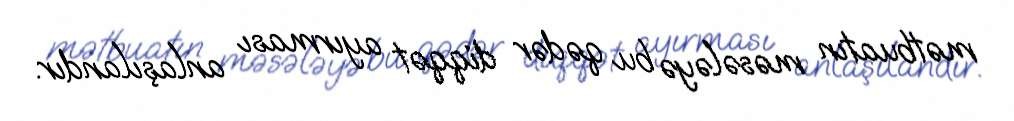
mətbuatın məsələyə bu qədər diqqət ayırması anlaşılandır.